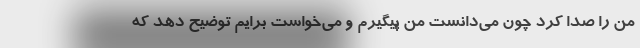
من را صدا کرد چون می‌دانست من پیگیرم و می‌خواست برایم توضیح دهد که